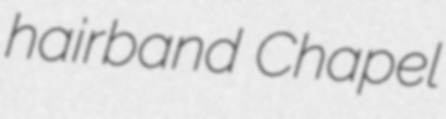
hairband Chapel